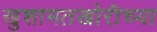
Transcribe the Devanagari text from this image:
खुशामतखोरीच्या